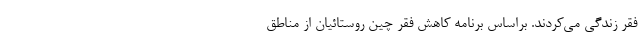
فقر زندگی می‌کردند. براساس برنامه کاهش فقر چین روستائیان از مناطق